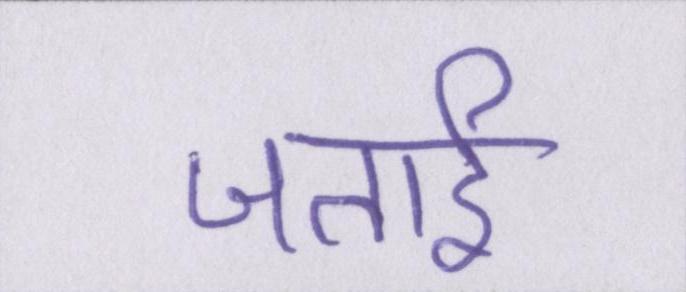
जताई